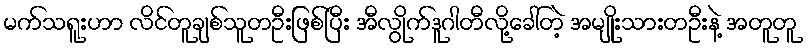
မက်သရူးဟာ လိင်တူချစ်သူတဦးဖြစ်ပြီး အီလွိုက်ဒူဂါတီလို့ခေါ်တဲ့ အမျိုးသားတဦးနဲ့ အတူတူ